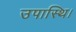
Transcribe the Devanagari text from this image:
उपास्थि।